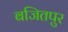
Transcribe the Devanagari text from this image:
बजितपुर